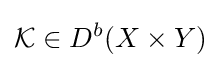
{\mathcal {K}}\in D^{b}(X\times Y)